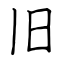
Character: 旧